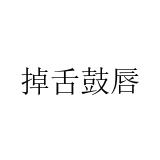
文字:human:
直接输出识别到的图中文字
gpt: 掉舌鼓唇